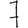
Digit: 7